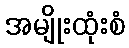
အမျိုးထုံးစံ